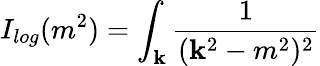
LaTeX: I_{log}(m^{2})=\int_{\mathbf{k}}\frac{{1}}{{(\mathbf{k}^{2}-m^{2})^{2}}}